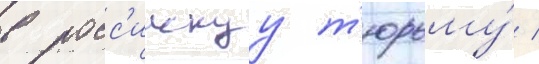
в росс'иискуу т'юрьму́ /